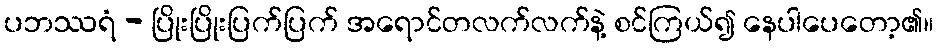
ပဘဿရံ - ပြိုးပြိုးပြက်ပြက် အရောင်တလက်လက်နဲ့ စင်ကြယ်၍ နေပါပေတော့၏။